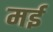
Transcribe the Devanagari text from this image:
मर्इ